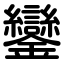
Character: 鑾